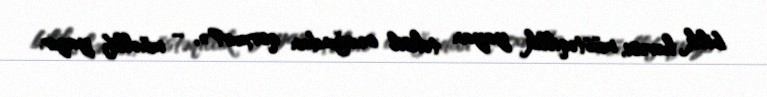
bilik həvəsi, müstəqillik yayan təhsil ocağından qorxur?», – müəllif yazır.